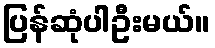
ပြန်ဆုံပါဦးမယ်။